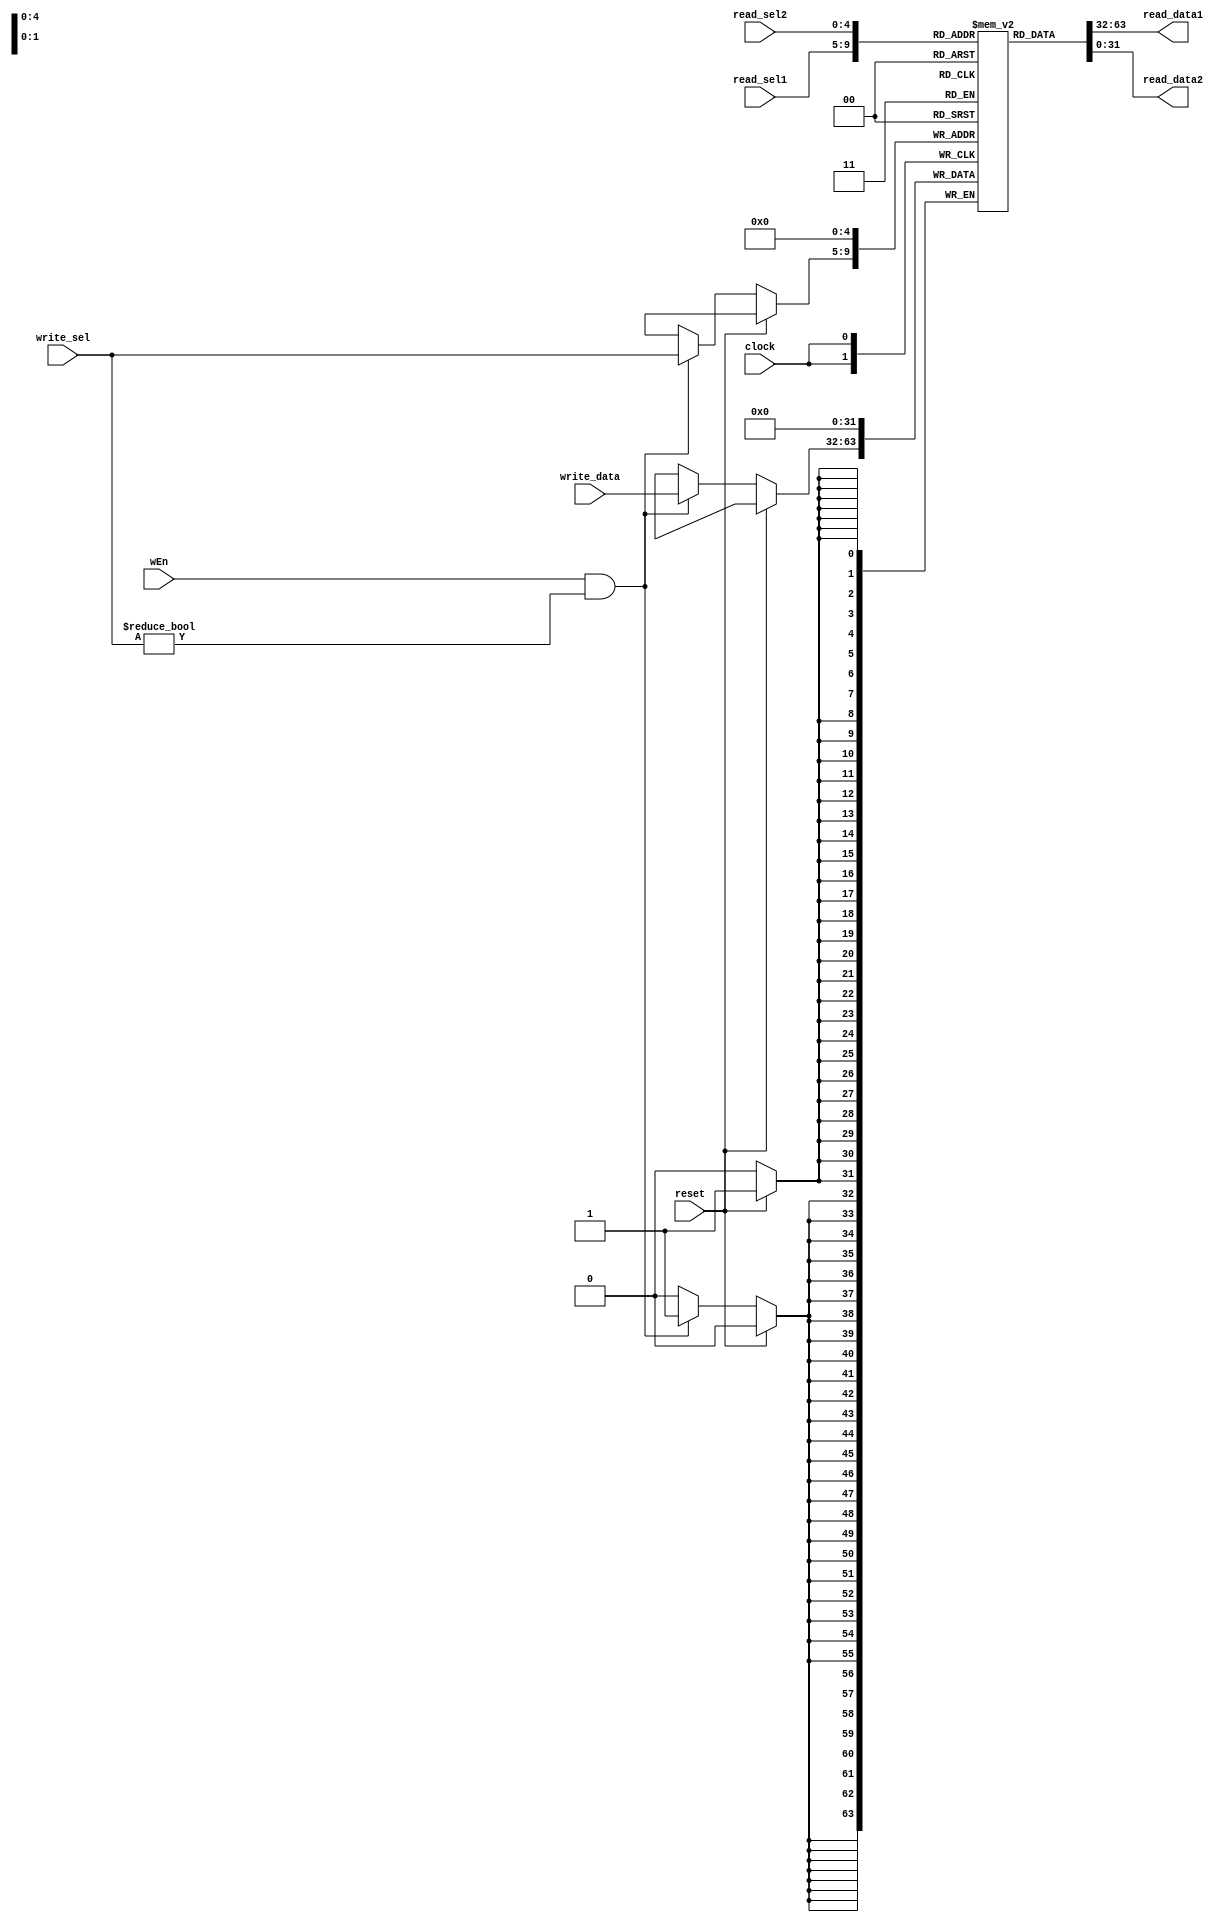
// Name: Quinn Meurer, Frank Yang, Alex Salmi
// BU ID: UXXXXXXXX, UXXXXXXXX, UXXXXXXXX
// EC413 Project: Register File

module regFile (
  input clock,
  input reset,
  input wEn, // Write Enable
  input [31:0] write_data,
  input [4:0] read_sel1,
  input [4:0] read_sel2,
  input [4:0] write_sel,
  output [31:0] read_data1,
  output [31:0] read_data2
);

reg   [31:0] reg_file[0:31];

/******************************************************************************
*                      Start Your Code Here
******************************************************************************/
integer i;

always@(posedge clock)
	if(reset)
		reg_file[0] <= 0;
	else if(wEn && write_sel!=0)
		reg_file[write_sel] <= write_data;

assign read_data1 = reg_file[read_sel1];
assign read_data2 = reg_file[read_sel2];

endmodule